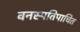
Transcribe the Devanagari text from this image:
वनस्पतिपाचित